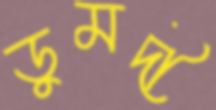
ডুমদী